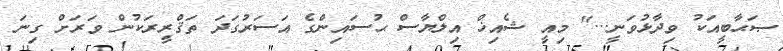
ޞަޙާބީއަކު ވިދާޅުވަނީ..." މިއީ ޝެއިޚް އިލްޔާސް ޙުސައިންގެ އަސަރުގަދަ ތަޤްރީރަކުން ވަރަށް ގިނަ